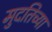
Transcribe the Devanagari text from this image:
मुदतिच्या